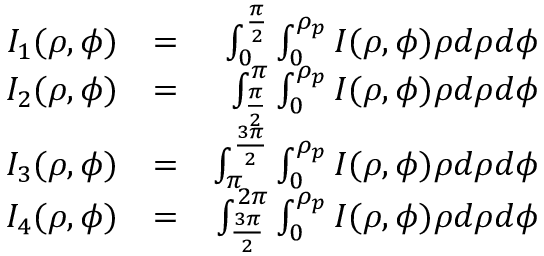
\begin{array} { r l r } { I _ { 1 } ( \rho , \phi ) } & { = } & { \int _ { 0 } ^ { \frac { \pi } { 2 } } \int _ { 0 } ^ { \rho _ { p } } I ( \rho , \phi ) \rho d \rho d \phi } \\ { I _ { 2 } ( \rho , \phi ) } & { = } & { \int _ { \frac { \pi } { 2 } } ^ { \pi } \int _ { 0 } ^ { \rho _ { p } } I ( \rho , \phi ) \rho d \rho d \phi } \\ { I _ { 3 } ( \rho , \phi ) } & { = } & { \int _ { \pi } ^ { \frac { 3 \pi } { 2 } } \int _ { 0 } ^ { \rho _ { p } } I ( \rho , \phi ) \rho d \rho d \phi } \\ { I _ { 4 } ( \rho , \phi ) } & { = } & { \int _ { \frac { 3 \pi } { 2 } } ^ { 2 \pi } \int _ { 0 } ^ { \rho _ { p } } I ( \rho , \phi ) \rho d \rho d \phi } \end{array}